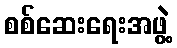
စစ်ဆေးရေးအဖွဲ့